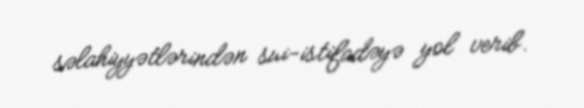
səlahiyyətlərindən sui-istifadəyə yol verib.